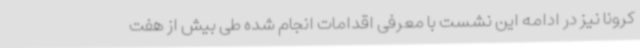
کرونا نیز در ادامه این نشست با معرفی اقدامات انجام شده طی بیش از هفت